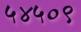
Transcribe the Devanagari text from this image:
५४५०९